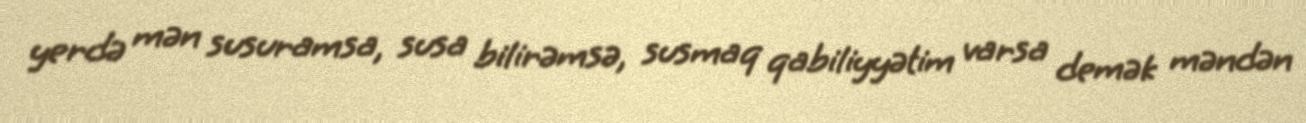
yerdə mən susuramsa, susa bilirəmsə, susmaq qabiliyyətim varsa demək məndən